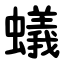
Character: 蟻